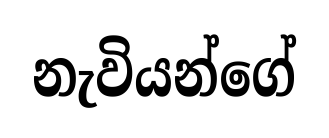
නැවියන්ගේ